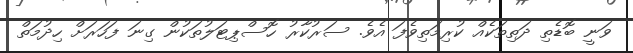
ވަނީ ބޮޑެތި ދަތިތަކެއް ކުރިމަތިވެފަ އެވެ. ސަރުކާރު ހޮސްޕިޓަލުތަކުން ގިނަ ފަހަރަށް ހިދުމަތް